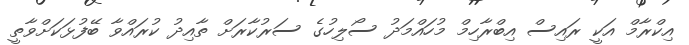
އިކްރާމް އަކީ ރައިސް އިބްރާހިމް މުހައްމަދު ސޯލިހުގެ ސަރުކާރަށް ތާއިދު ކުރައްވާ ބޭފުޅަކަށްވާތީ